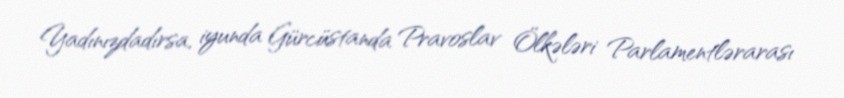
Yadınızdadırsa, iyunda Gürcüstanda Pravoslav Ölkələri Parlamentlərarası